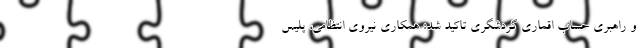
و راهبری حساب اقماری گردشگری تاکید شد: همکاری نیروی انتظامی، پلیس